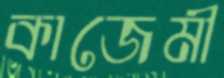
কাজেমী